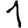
Digit: 1